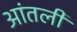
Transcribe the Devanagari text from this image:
आंतली